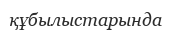
құбылыстарында